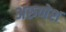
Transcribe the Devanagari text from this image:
अरुणेश